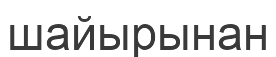
шайырынан